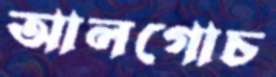
আলগোচ